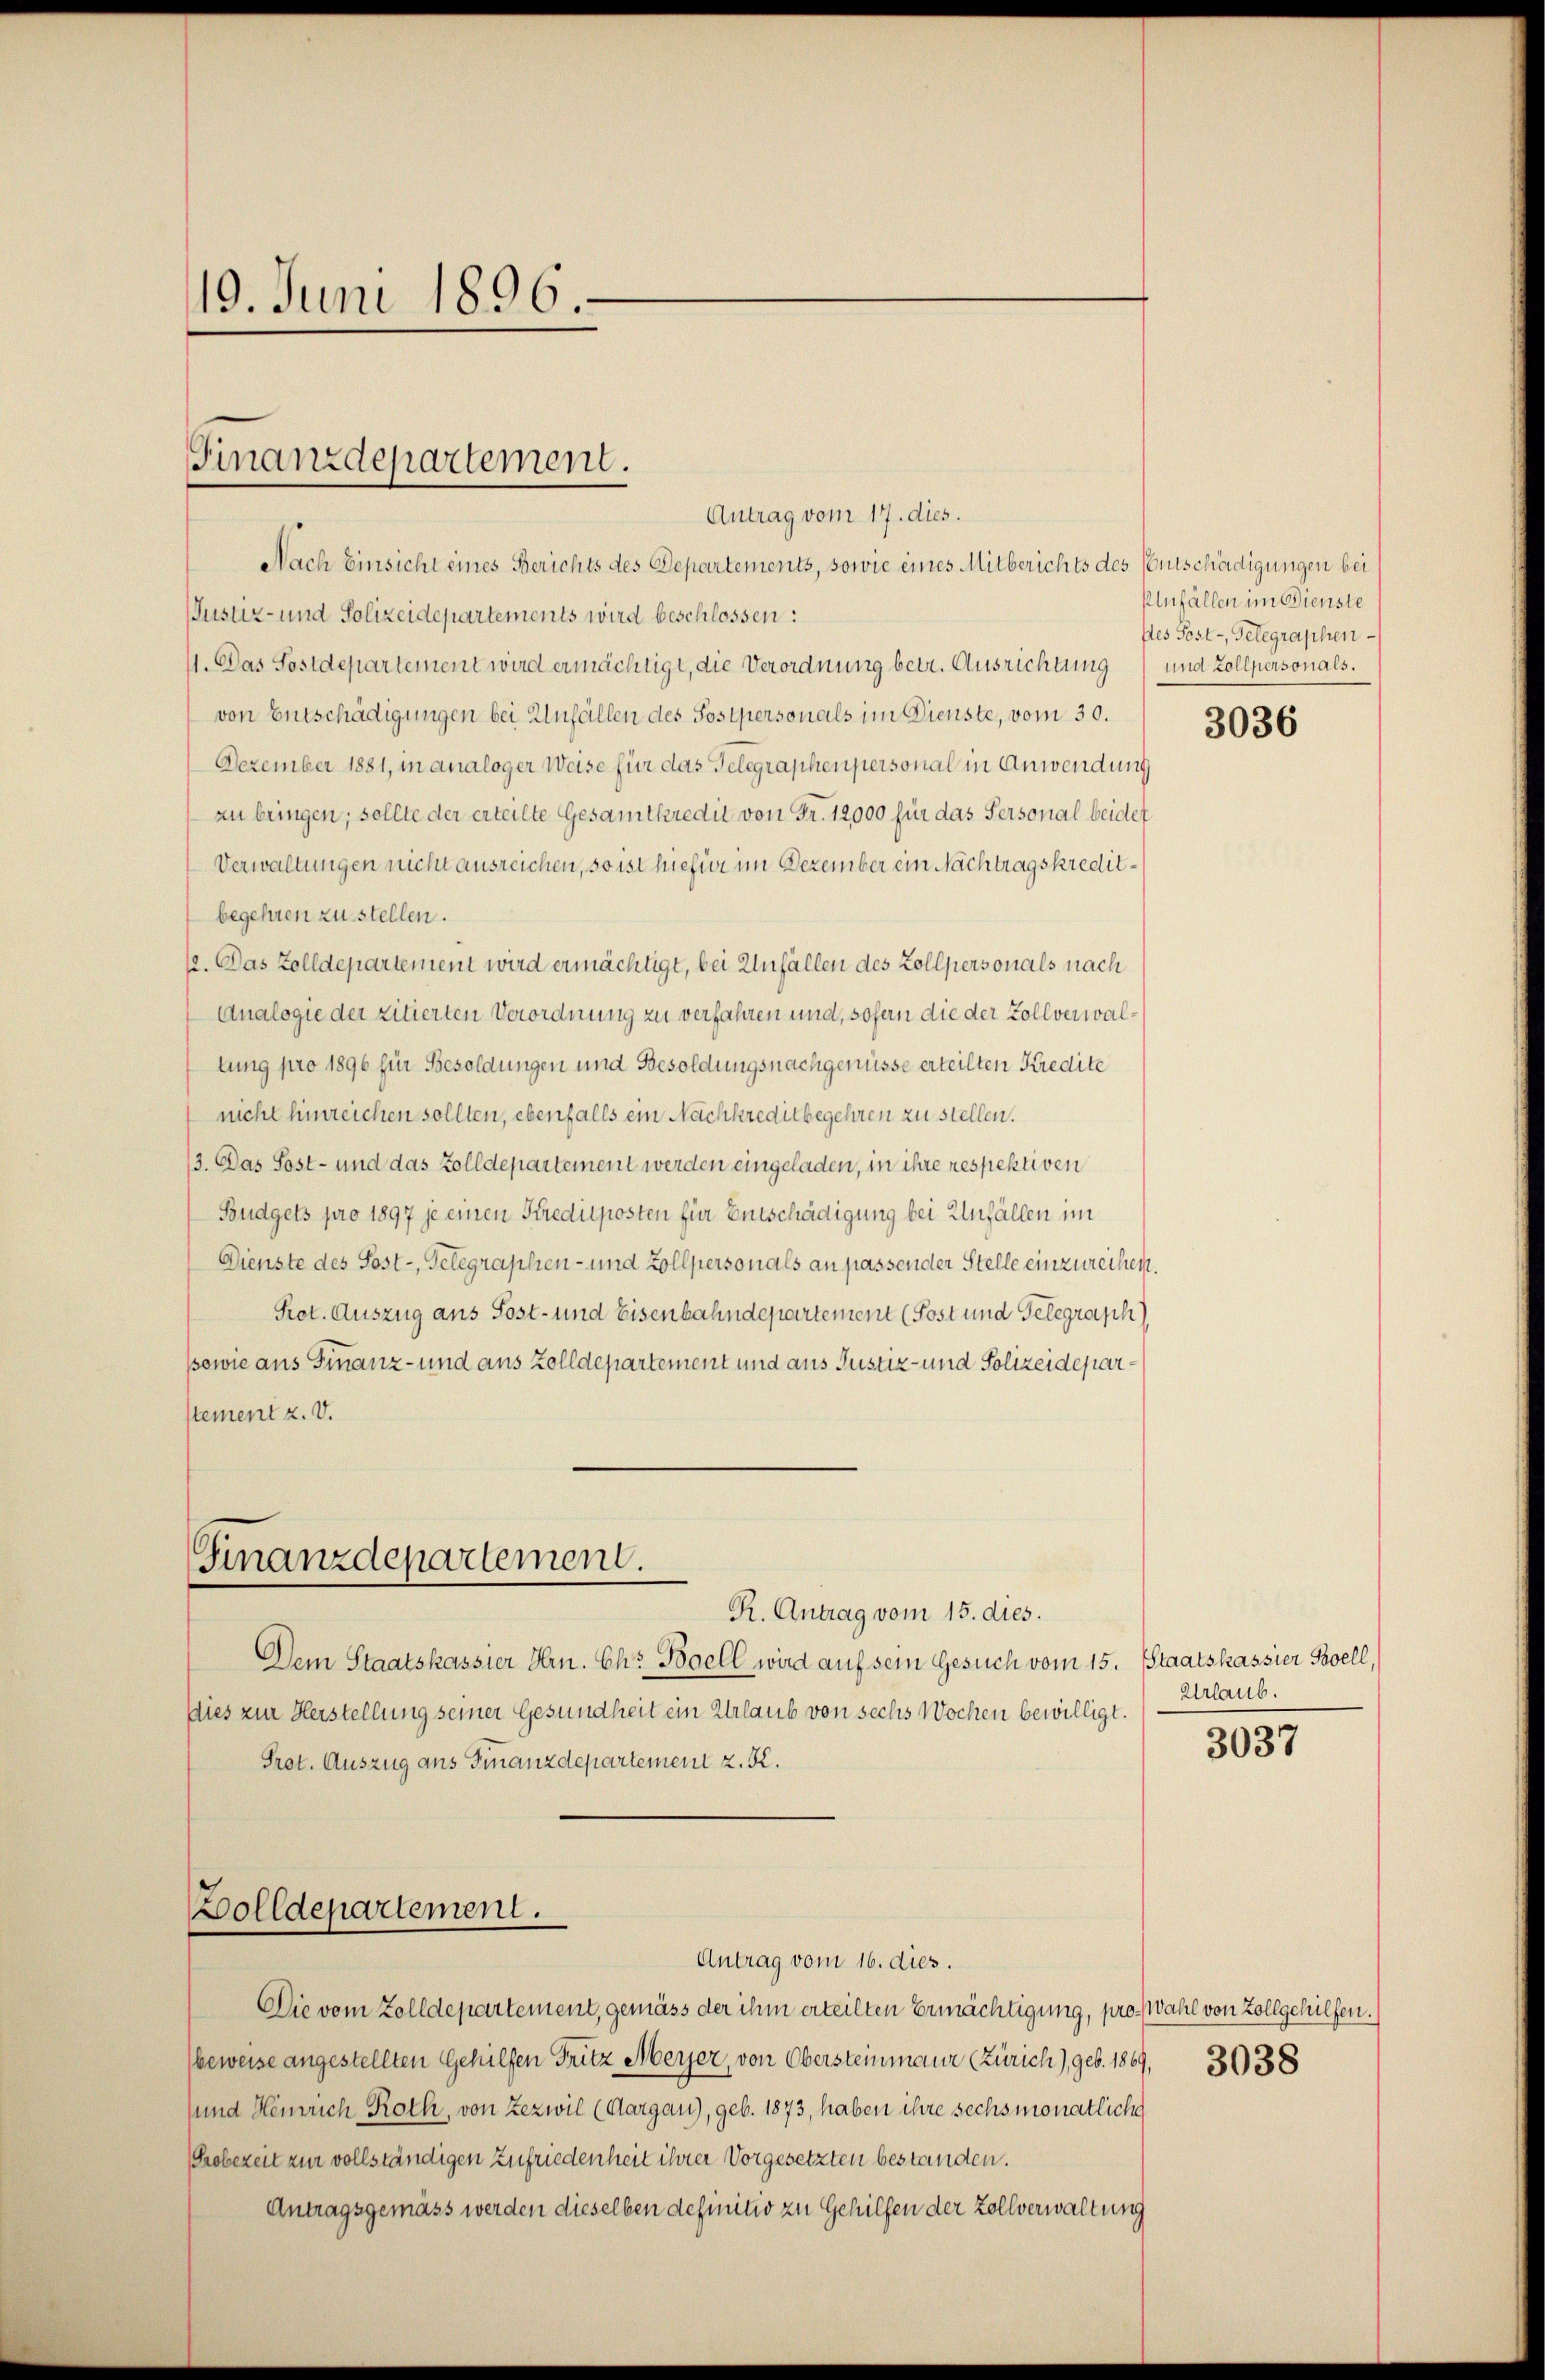
19. Juni 1896

Antrag vom 17. dies.
Nach Einsicht eines Berichts des Departements, sowie eines Mitberichts des Entschädigungen bei
Justiz- und Polizeidepartements wird beschlossen:
1. Das Sostdepartement wird ermächtigt, die Verordnung betr. Ausrichtung und Zollpersonals.
von Entschädigungen bei Unfällen des Postpersonals im Dienste, vom 30.
Dezember 1881, in analoger Weise für das Telegraphenpersonal in Anwendung
zu bringen; sollte der erteilte Gesamtkredit von Fr. 12000 für das Personal beidet
Verwaltungen nicht ausreichen, so ist hiefür im Dezember ein Nachtragskreditbegehren zu stellen.
12. Das Zolldepartement wird ermächtigt, bei Unfällen des Zollpersonals nach
Analogie der zitierten Verordnung zu verfahren und, sofern die der Zollverwaltung pro 1896 für Besoldungen und Besoldungsnachgenüsse erteilten Kredite
nicht hinreichen sollten, ebenfalls ein Nachkreditbegehren zu stellen.
13. Das Sost- und das Zolldepartement werden eingeladen, in ihre respektiven
Budgets pro 1897 je einen Kredilposten für Entschädigung bei Unfällen im
Dienste des Sost-, Telegraphen- und Zollpersonals an passender Stelle einzureihen.
Prot. Auszug aus Post- und Eisenbahndepartement (Post und Telegraph
ssowie aus Finanz- und aus Zolldepartement und aus Justiz- und Polizeideparstement z. V.

Finanzdepartement.

Finanzdepartement.

R. Antrag vom 15. dies.
Dem Staatskassier Hrn. Chr. Boell wird auf sein Gesuch vom 15. Staatskassier Boell,
Dies zur Herstellung seiner Gesundheit ein Urlaub von sechs Wochen bewilligt.
Prot. Auszug aus Finanzdepartement z. K.

Die vom Zolldepartement, gemäss der ihm erteilten Ermächtigung, pro. Wahl von Zollgehilfen.
beweise angestellten Gehülfen Fritz Meyer, von Obersteinmaur (Zürich) geb. 1869, 3038
und Heinrich Roth, von Zezwil (Aargau), geb. 1873, haben ihre sechsmonatliche
Grobezeit zur vollständigen zufriedenheit ihrer Vorgesetzten bestanden.
Antragsgemäss werden dieselben definitiv zu Gehilfen der Zollverwaltung

Bolldepartement.
Antrag vom 16. dies.

Unfällen im Dienste
pes Post-, Gelegraphen

3036

Urlaub.

3037